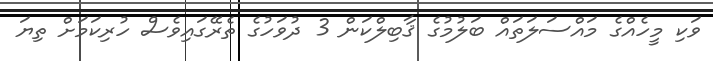
ވަކި މީހެއްގެ މައްސަލަތައް ބަލުމުގެ ޤާބިލްކަން 3 ދުވަހުގެ ތެރޭގައިވެސް ހުރިކަމަށް ތިޔަ